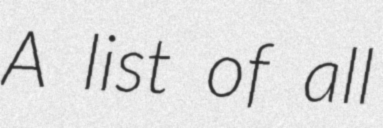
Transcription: A list of all